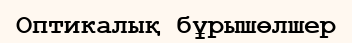
Оптикалық бұрышөлшер